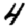
Digit: 4